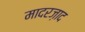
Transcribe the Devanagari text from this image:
मादरज़ाद